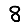
Digit: 8